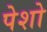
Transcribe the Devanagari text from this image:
पेशो